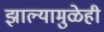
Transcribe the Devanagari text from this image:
झाल्यामुळेही